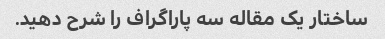
ساختار یک مقاله سه پاراگراف را شرح دهید.